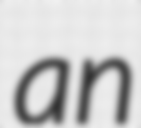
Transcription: an